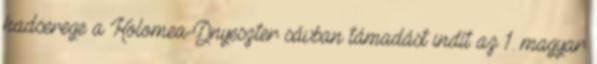
hadserege a Kolomea-Dnyeszter sávban támadást indít az 1. magyar